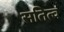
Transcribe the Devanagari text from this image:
सतित्व